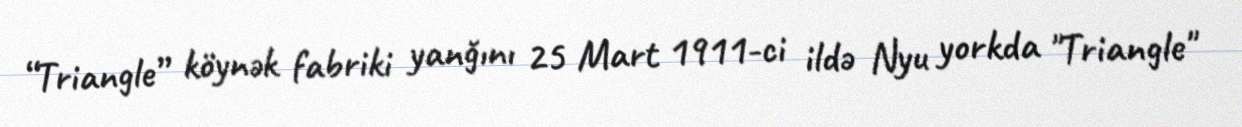
“Triangle” köynək fabriki yanğını 25 Mart 1911-ci ildə Nyu yorkda "Triangle"